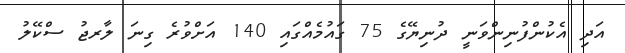
އަދި އެކުންފުނިންވަނީ ދުނިޔޭގެ 75 ގައުމެއްގައި 140 އަށްވުރެ ގިނަ ލާރޖު ސްކޭލު